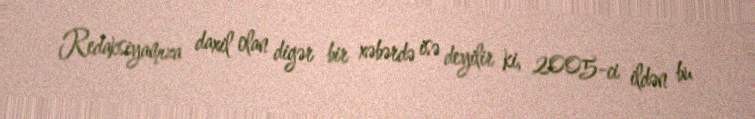
Redaksiyamıza daxil olan digər bir xəbərdə isə deyilir ki, 2005-ci ildən bu